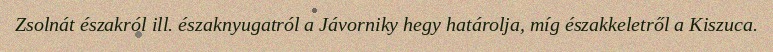
Zsolnát északról ill. északnyugatról a Jávorniky hegy határolja, míg északkeletről a Kiszuca.